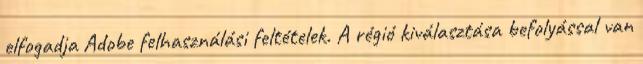
elfogadja Adobe felhasználási feltételek. A régió kiválasztása befolyással van